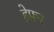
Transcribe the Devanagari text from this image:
हेफ़र